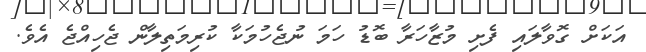
އަކަށް ގޮވާލައި ފެށި މުޒާހަރާ ބޮޑު ހަމަ ނުޖެހުމަކާ ކުރިމަތިލާން ޖެހިއްޖެ އެވެ.